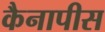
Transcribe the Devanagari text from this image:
कैनापीस